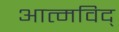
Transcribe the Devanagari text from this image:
आत्मविद्